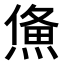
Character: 𤌈